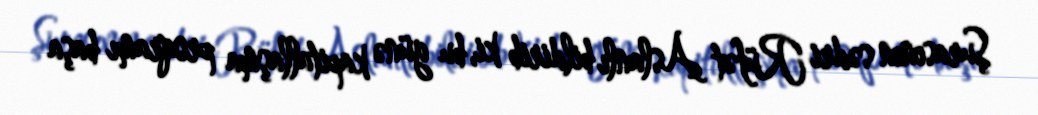
Şurasının sədri Rüfət Aslanlı bildirib ki, bu günə kapitallaşma proqramı başa